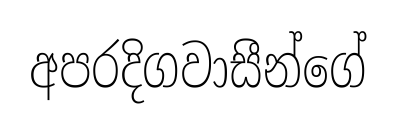
අපරදිගවාසීන්ගේ